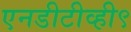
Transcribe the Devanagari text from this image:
एनडीटीव्ही९